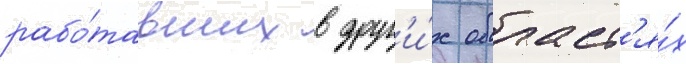
рабо́тавших в друг'и́х област'я́х